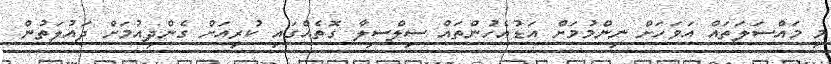
މި މައްސަލަތައް އަވަހަށް ނިންމުމަށް އަޑުއެހުންތައް ސިލްސިލާ ގޮތެއްގައި ކުރިއަށް ގެންދިއުމަށް ދައުލަތުން